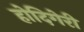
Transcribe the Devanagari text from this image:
होदिगेरी